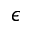
\epsilon